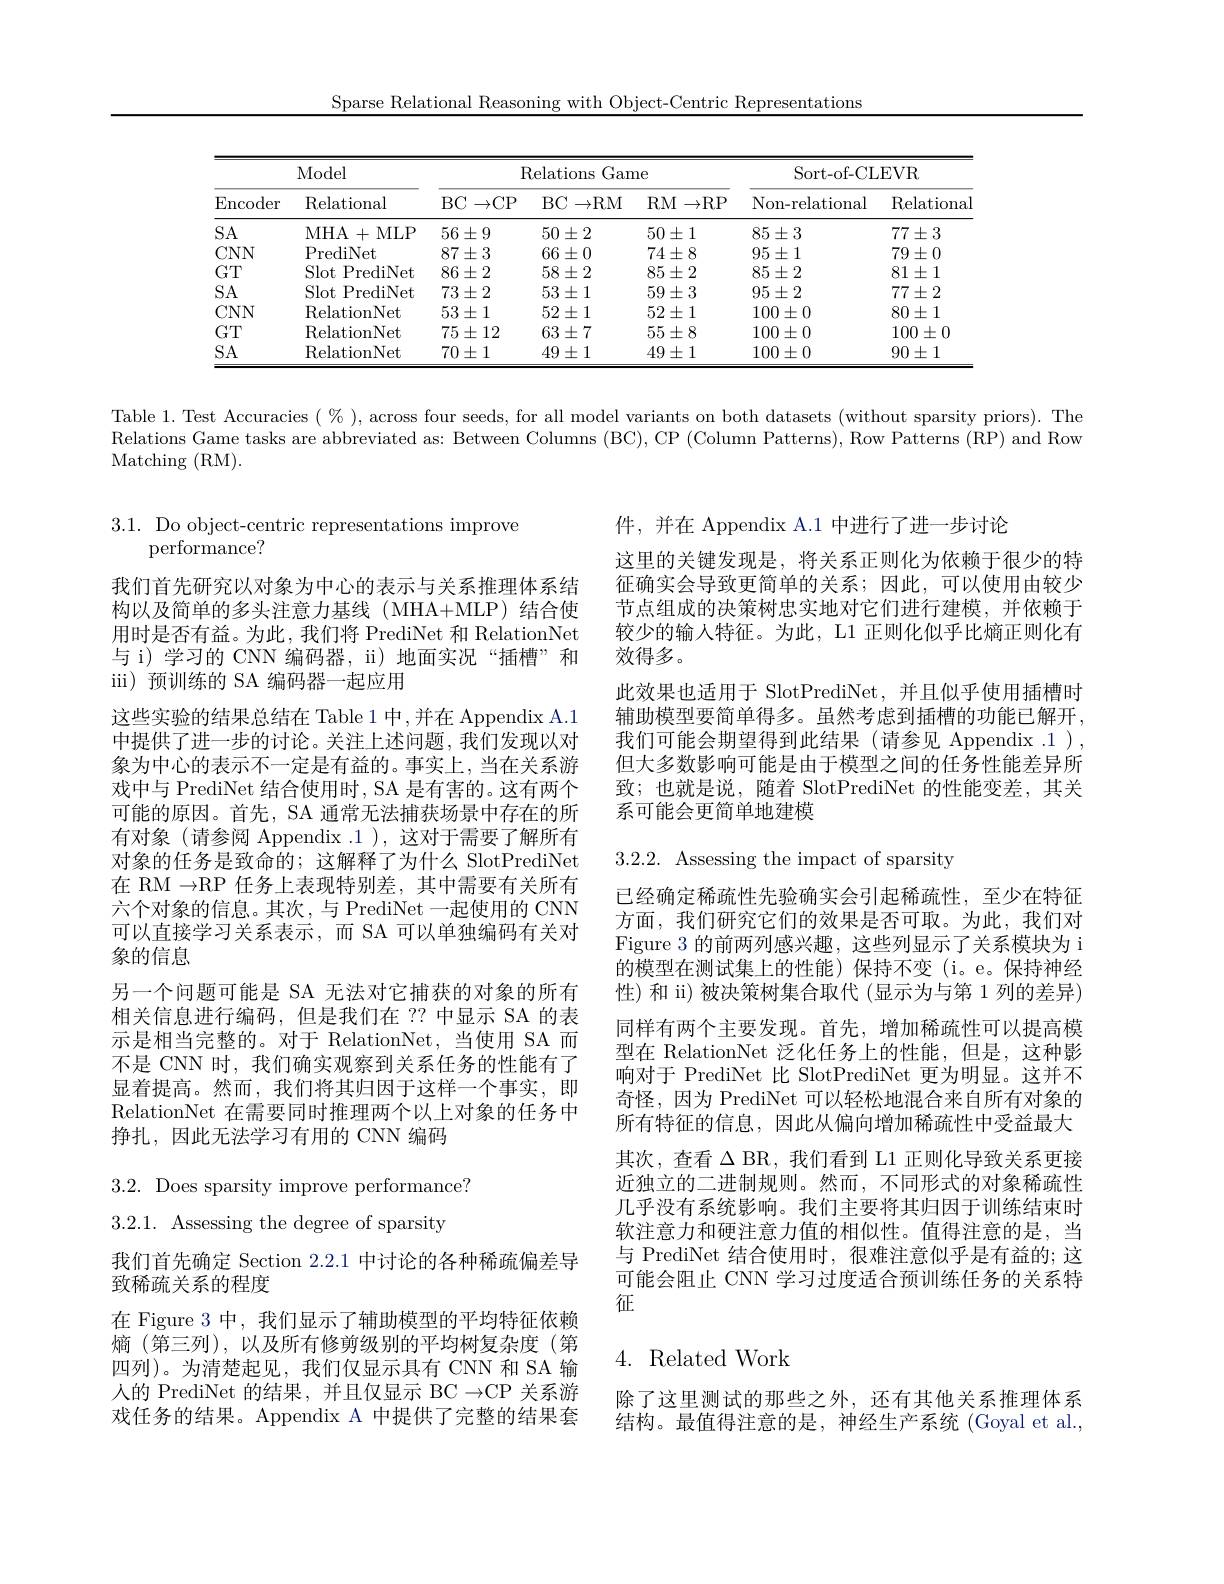
Sparse Relational Reasoning with Object-Centric Representations

<table>
	<tbody>
		<tr>
			<th colspan="2">Model</th>
			<th colspan="3">Relations Game</th>
			<th colspan="2">Sort-of-CLEVR</th>
		</tr>
		<tr>
			<th>$\operatorname{Encoder}$</th>
			<th>Relational</th>
			<th>BC$\to$CP</th>
			<th>BC$\to$RM</th>
			<th>$RM$ $\to$RP</th>
			<th>Non-relational</th>
			<th>Relationa</th>
		</tr>
		<tr>
			<td>$SA$</td>
			<td>MHA+MLP</td>
			<td>$56\pm9$</td>
			<td>$50\pm2$</td>
			<td>$50\pm1$</td>
			<td>$85\pm3$</td>
			<td>$77\pm3$</td>
		</tr>
		<tr>
			<td>$CNN$</td>
			<td>PrediNet</td>
			<td>$87\pm3$</td>
			<td>$66\pm0$</td>
			<td>$74\pm8$</td>
			<td>$95\pm1$</td>
			<td>$79\pm0$</td>
		</tr>
		<tr>
			<td>$GT$</td>
			<td>Slot PrediNet</td>
			<td>$86\pm2$</td>
			<td>$58\pm2$</td>
			<td>$85\pm2$</td>
			<td>$85\pm2$</td>
			<td>$81\pm1$</td>
		</tr>
		<tr>
			<td>$SA$</td>
			<td>SlotI PrediNet</td>
			<td>$73\pm2$</td>
			<td>$53\pm1$</td>
			<td>$59\pm3$</td>
			<td>$95\pm2$</td>
			<td>$77\pm2$</td>
		</tr>
		<tr>
			<td>$CNN$</td>
			<td>RelationNet</td>
			<td>$53\pm1$</td>
			<td>$52\pm1$</td>
			<td>$52\pm1$</td>
			<td>$100\pm0$</td>
			<td>$80\pm1$</td>
		</tr>
		<tr>
			<td>$GT$</td>
			<td>RelationNet</td>
			<td>$75\pm12$</td>
			<td>$63\pm7$</td>
			<td>$55\pm8$</td>
			<td>$100\pm0$</td>
			<td>$100\pm0$</td>
		</tr>
		<tr>
			<td>$SA$</td>
			<td>RelationNet</td>
			<td>$70\pm1$</td>
			<td>$49\pm1$</td>
			<td>$49\pm1$</td>
			<td>$100\pm0$</td>
			<td>$90\pm1$</td>
		</tr>
	</tbody>
</table>

Table 1. Test Accuracies $(\%)$, across four seeds, for all model variants on both datasets (without sparsity priors). The

Relations Game tasks are abbreviated as: Between Columns (BC), CP (Column Patterns), Row Patterns (RP) and Row

Matching ( RM) .

3.1. Do object-centric representations improve
performance?

我们首先研究以对象为中心的表示与关系推理体系结构以及简单的多头注意力基线(MHA+MLP)结合使用时是否有益。为此，我们将 PrediNet 和 RelationNet 与 i) 学习的 CNN 编码器，ii) 地面实况“插槽”和iii)预训练的 SA 编码器一起应用
这些实验的结果总结在 Table 1 中，并在 Appendix A.1中提供了进一步的讨论。关注上述问题，我们发现以对象为中心的表示不一定是有益的。事实上，当在关系游戏中与 PrediNet 结合使用时，SA 是有害的。这有两个可能的原因。首先，SA 通常无法捕获场景中存在的所有对象(请参阅 Appendix .1 ), 这对于需要了解所有对象的任务是致命的；这解释了为什么 SlotPrediNet 在 RM $\to$RP 任务上表现特别差，其中需要有关所有六个对象的信息。其次，与 PrediNet 一起使用的 CNN 可以直接学习关系表示，而 SA 可以单独编码有关对象的信息
另一个问题可能是 SA 无法对它捕获的对象的所有相关信息进行编码，但是我们在 ?? 中显示 SA 的表示是相当完整的。对于 RelationNet,当使用 SA 而不是 CNN 时，我们确实观察到关系任务的性能有了显着提高。然而，我们将其归因于这样一个事实，即RelationNet 在需要同时推理两个以上对象的任务中挣扎，因此无法学习有用的 CNN 编码

3.2. Does sparsity improve performance?
3.2.1. Assessing the degree of sparsity

我们首先确定 Section 2.2.1 中讨论的各种稀疏偏差导

致稀疏关系的程度

在 Figure 3 中，我们显示了辅助模型的平均特征依赖

熵 (第三列),以及所有修剪级别的平均树复杂度(第

四列)。为清楚起见，我们仅显示具有 CNN 和 SA 输

人的 PrediNet 的结果，并且仅显示 BC$\to$CP 关系游

戏任务的结果。Appendix A 中提供了完整的结果套

件，并在 Appendix A.1 中进行了进一步讨论
这里的关键发现是，将关系正则化为依赖于很少的特征确实会导致更简单的关系；因此，可以使用由较少节点组成的决策树忠实地对它们进行建模，并依赖于较少的输入特征。为此，L1 正则化似乎比熵正则化有效得多。
此效果也适用于 SlotPrediNet,并且似乎使用插槽时辅助模型要简单得多。虽然考虑到插槽的功能已解开， 我们可能会期望得到此结果(请参见 Appendix .1), 但大多数影响可能是由于模型之间的任务性能差异所致；也就是说，随着 SlotPrediNet 的性能变差，其关系可能会更简单地建模

3.2.2. Assessing the impact of sparsity

已经确定稀疏性先验确实会引起稀疏性，至少在特征方面，我们研究它们的效果是否可取。为此，我们对Figure 3 的前两列感兴趣，这些列显示了关系模块为 i 的模型在测试集上的性能)保持不变(i。e。保持神经性)和 ii) 被决策树集合取代 (显示为与第 1 列的差异) 同样有两个主要发现。首先，增加稀疏性可以提高模型在 RelationNet 泛化任务上的性能，但是，这种影响对于 PrediNet 比 SlotPrediNet 更为明显。这并不奇怪，因为 PrediNet 可以轻松地混合来自所有对象的所有特征的信息，因此从偏向增加稀疏性中受益最大其次，查看$\Delta$ BR, 我们看到 L1 正则化导致关系更接近独立的二进制规则。然而，不同形式的对象稀疏性几乎没有系统影响。我们主要将其归因于训练结束时软注意力和硬注意力值的相似性。值得注意的是，当与 PrediNet 结合使用时，很难注意似乎是有益的；这可能会阻止 CNN 学习过度适合预训练任务的关系特征

# 4. Related Work

除了这里测试的那些之外，还有其他关系推理体系结构。最值得注意的是，神经生产系统(Goyal et al.,